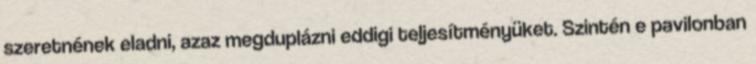
szeretnének eladni, azaz megduplázni eddigi teljesítményüket. Szintén e pavilonban